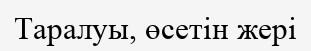
Таралуы, өсетін жері